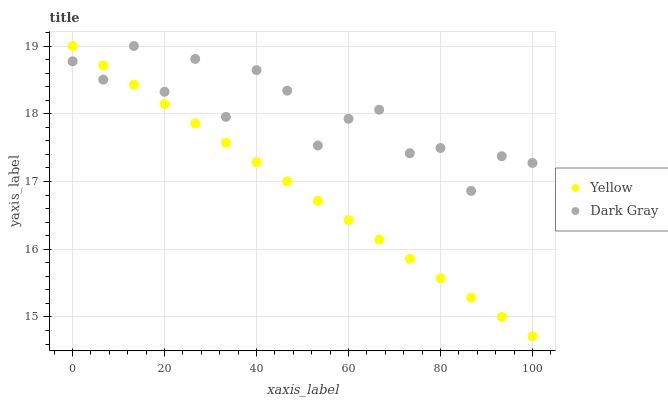
| xaxis_label | Yellow | Dark Gray |
 | --- | --- | --- |
 | 0 | 19 | 18.8 |
 | 6.67 | 18.7 | 18.5 |
 | 13.3 | 18.4 | 19 |
 | 20 | 18.1 | 18.3 |
 | 26.7 | 17.9 | 18.8 |
 | 33.3 | 17.6 | 18 |
 | 40 | 17.3 | 18.6 |
 | 46.7 | 17 | 18.3 |
 | 53.3 | 16.7 | 17.5 |
 | 60 | 16.4 | 17.9 |
 | 66.7 | 16.1 | 18.1 |
 | 73.3 | 15.9 | 17.4 |
 | 80 | 15.6 | 17.5 |
 | 86.7 | 15.3 | 16.9 |
 | 93.3 | 15 | 17.4 |
 | 100 | 14.7 | 17.3 |